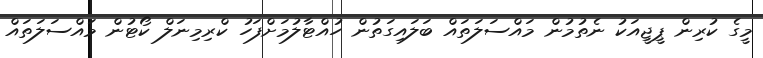
މީގެ ކުރިން ޕީޖީއަކު ނެތުމުން މައްސަލަަތައް ބަލައިގަތުން ހުއްޓާލުމަށްފަހު ކްރިމިނަލް ކޯޓުން މައްސަލަތައް